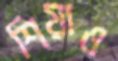
শিয়াও